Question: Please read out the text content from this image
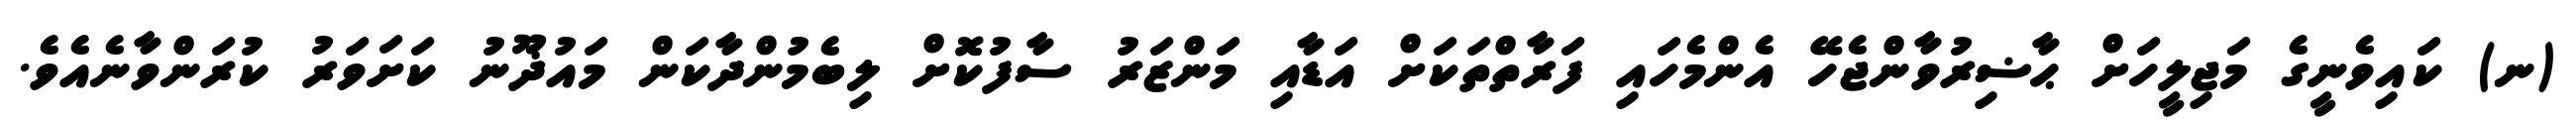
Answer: (ނ) ކައިވެނީގެ މަޖިލީހަށް ޙާޟިރުވާންޖެހޭ އެންމެހައި ފަރާތްތަކަށް އަޑާއި މަންޒަރު ސާފުކޮށް ލިބެމުންދާކަން މައުޛޫނު ކަށަވަރު ކުރަންވާނެއެވެ.